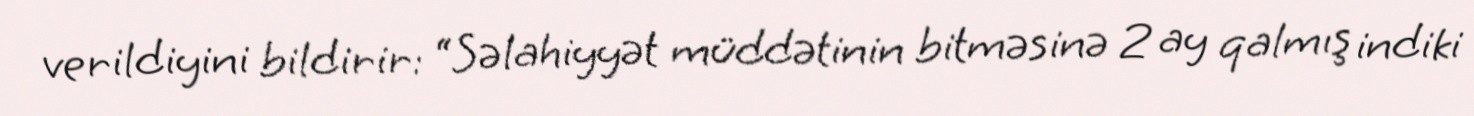
verildiyini bildirir: “Səlahiyyət müddətinin bitməsinə 2 ay qalmış indiki